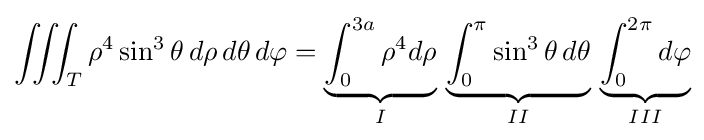
\iiint _{T}\rho ^{4}\sin ^{3}\theta \,d\rho \,d\theta \,d\varphi =\underbrace {\int _{0}^{3a}\rho ^{4}d\rho } _{I}\,\underbrace {\int _{0}^{\pi }\sin ^{3}\theta \,d\theta } _{II}\,\underbrace {\int _{0}^{2\pi }d\varphi } _{III}